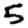
Digit: 5